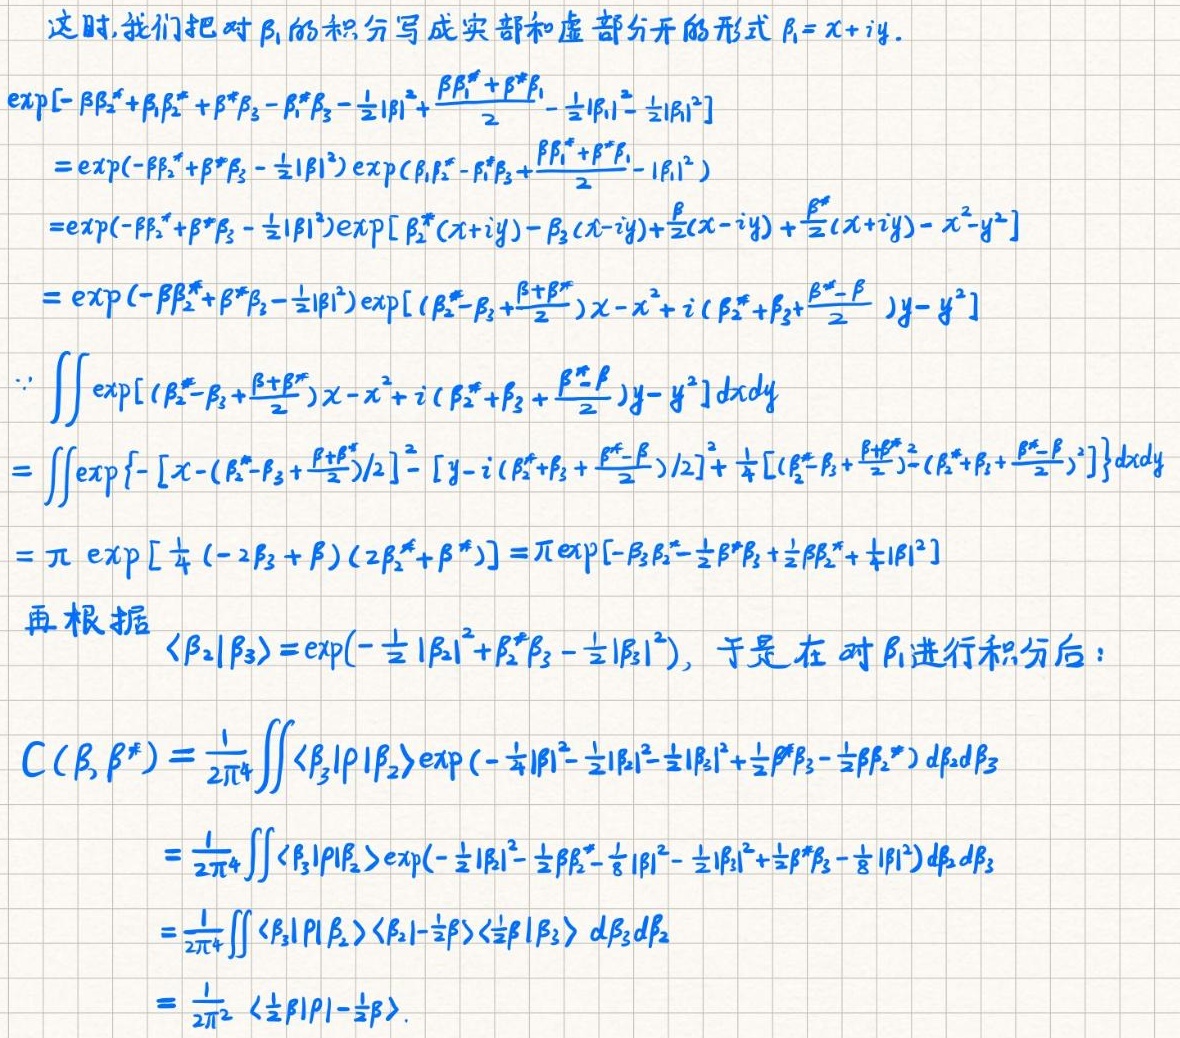
这时, 我们把对 $\beta_1$ 的积分写成实部和虚部分开的形式 $\beta_1 = x + iy$.
\begin{align*}
&\exp\left[-\beta\beta_2^* + \beta_1\beta_2^* + \beta^*\beta_3 - \beta_1^*\beta_3 - \frac{1}{2}|\beta|^2 + \frac{\beta\beta_1^* + \beta^*\beta_1}{2} - \frac{1}{2}|\beta_1|^2 - \frac{1}{2}|\beta_1|^2\right]\\
=&\exp\left(-\beta\beta_2^* + \beta^*\beta_3 - \frac{1}{2}|\beta|^2\right)\exp\left(\beta_1\beta_2^* - \beta_1^*\beta_3 + \frac{\beta\beta_1^* + \beta^*\beta_1}{2} - |\beta_1|^2\right)\\
=&\exp\left(-\beta\beta_2^* + \beta^*\beta_3 - \frac{1}{2}|\beta|^2\right)\exp\left[\beta_2^*(x + iy) - \beta_3(x - iy) + \frac{\beta}{2}(x - iy) + \frac{\beta^*}{2}(x + iy) - x^2 - y^2\right]\\
=&\exp\left(-\beta\beta_2^* + \beta^*\beta_3 - \frac{1}{2}|\beta|^2\right)\exp\left[\left(\beta_2^* - \beta_3 + \frac{\beta + \beta^*}{2}\right)x - x^2 + i\left(\beta_2^* + \beta_3 + \frac{\beta^* - \beta}{2}\right)y - y^2\right]\\
\because&\iint\exp\left[\left(\beta_2^* - \beta_3 + \frac{\beta + \beta^*}{2}\right)x - x^2 + i\left(\beta_2^* + \beta_3 + \frac{\beta^* - \beta}{2}\right)y - y^2\right]dxdy\\
=&\iint\exp\left\{-\left[x - (\beta_2^* - \beta_3 + \frac{\beta + \beta^*}{2})/2\right]^2 - \left[y - i(\beta_2^* + \beta_3 + \frac{\beta^* - \beta}{2})/2\right]^2 + \frac{1}{4}\left[(\beta_2^* - \beta_3 + \frac{\beta + \beta^*}{2})^2 - (\beta_2^* + \beta_3 + \frac{\beta^* - \beta}{2})^2\right]\right\}dxdy\\
=&\pi\exp\left[\frac{1}{4}(-2\beta_3 + \beta)(2\beta_2^* + \beta^*)\right]=\pi\exp\left[-\beta_3\beta_2^* - \frac{1}{2}\beta^*\beta_3 + \frac{1}{2}\beta\beta_2^* + \frac{1}{4}|\beta|^2\right]
\end{align*}
再根据 $\langle\beta_2|\beta_3\rangle = \exp\left(-\frac{1}{2}|\beta_2|^2 + \beta_2^*\beta_3 - \frac{1}{2}|\beta_3|^2\right)$, 于是在对 $\beta_1$ 进行积分后：
\begin{align*}
C(\beta,\beta^*)&=\frac{1}{2\pi^4}\iint\langle\beta_3|\rho|\beta_2\rangle\exp\left(-\frac{1}{4}|\beta|^2 - \frac{1}{2}|\beta_2|^2 - \frac{1}{2}|\beta_3|^2 + \frac{1}{2}\beta^*\beta_3 - \frac{1}{2}\beta\beta_2^*\right)d\beta_2d\beta_3\\
&=\frac{1}{2\pi^4}\iint\langle\beta_3|\rho|\beta_2\rangle\exp\left(-\frac{1}{2}|\beta|^2 - \frac{1}{2}\beta\beta_2^* - \frac{1}{8}|\beta|^2 - \frac{1}{2}|\beta_3|^2 + \frac{1}{2}\beta^*\beta_3 - \frac{1}{8}|\beta|^2\right)d\beta_2d\beta_3\\
&=\frac{1}{2\pi^4}\iint\langle\beta_3|\rho|\beta_2\rangle\langle\beta_2|-\frac{1}{2}\beta\rangle\langle\frac{1}{2}\beta|\beta_3\rangle d\beta_3d\beta_2\\
&=\frac{1}{2\pi^2}\langle\frac{1}{2}\beta|\rho|-\frac{1}{2}\beta\rangle.
\end{align*}